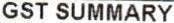
GST SUMMARY